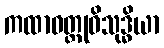
ကထာဝတ္ထုဝိသုဒ္ဓိယာ